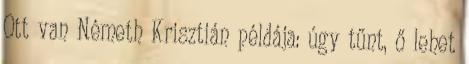
Ott van Németh Krisztián példája: úgy tűnt, ő lehet